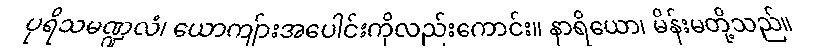
ပုရိသမဏ္ဍလံ၊ ယောကျ်ားအပေါင်းကိုလည်းကောင်း။ နာရိယော၊ မိန်းမတို့သည်။